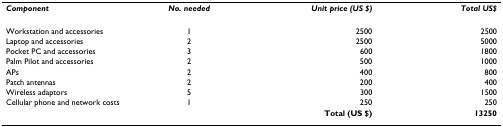
<table><thead><tr><td><b><i>Component</i></b></td><td><b><i>No. needed</i></b></td><td><b><i>Unit price (US $)</i></b></td><td><b><i>Total US$</i></b></td></tr></thead><tbody><tr><td>Workstation and accessories</td><td>1</td><td>2500</td><td>2500</td></tr><tr><td>Laptop and accessories</td><td>2</td><td>2500</td><td>5000</td></tr><tr><td>Pocket PC and accessories</td><td>3</td><td>600</td><td>1800</td></tr><tr><td>Palm Pilot and accessories</td><td>2</td><td>500</td><td>1000</td></tr><tr><td>APs</td><td>2</td><td>400</td><td>800</td></tr><tr><td>Patch antennas</td><td>2</td><td>200</td><td>400</td></tr><tr><td>Wireless adaptors</td><td>5</td><td>300</td><td>1500</td></tr><tr><td>Cellular phone and network costs</td><td>1</td><td>250</td><td>250</td></tr><tr><td></td><td></td><td><b>Total (US $)</b></td><td><b>13250</b></td></tr></tbody></table>